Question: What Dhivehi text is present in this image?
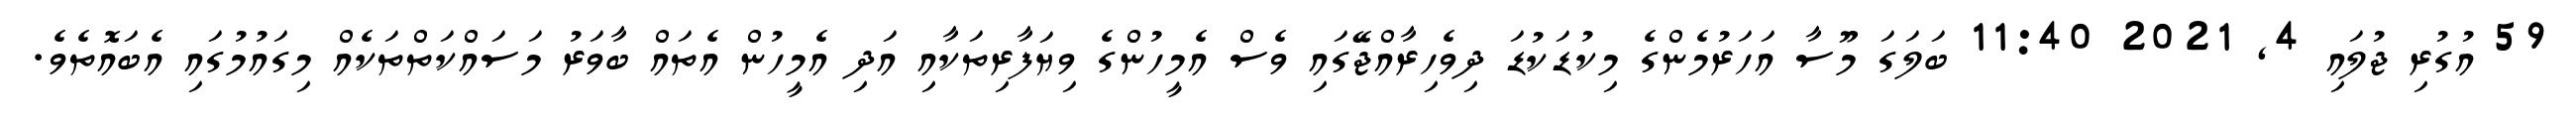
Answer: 59 އުގުރި ޖުލައި 4, 2021 11:40 ބަލަގަ މޫސާ އަހަރުމެންގެ މިކުޑަކުޑަ ދިވެހިރާއްޖޭގައި ވެސް އެމީހުންގެ ވިޔަފާރިތަކާއި އަދި އެމީހުން އެތައް ބާވަރު މަސައްކަތްތަކެއް މިގައުމުގައި އެބައޮތެވެ.